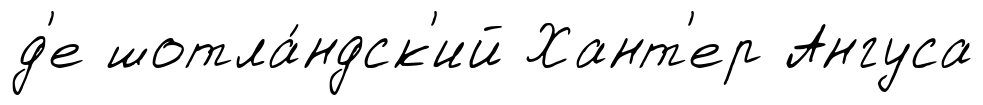
д'е шотла́ндск'ий Хант'ер Ангуса